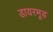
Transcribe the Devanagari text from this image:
डायरमूड